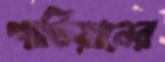
গার্ডিয়ানের